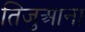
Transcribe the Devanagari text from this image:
तिजुआना